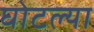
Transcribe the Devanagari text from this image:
घोटल्या